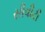
સીવીટી